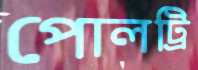
পোলট্রি